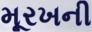
મૂરખની